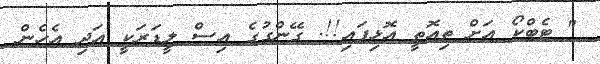
" ޓެބްކޯ އަށް ތިއޮތީ އޮޅިފައި!!. ގޭންގުގެ އިސް ލީޑަރަކީ އަދި އެހެން